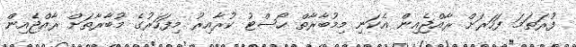
ފުރަތަމަ ފަހަރަށް ރާއްޖެއިން އެކަނި މިމުބާރާތް ހޯސްޓު ކުރާއިރު މިފަހަރުގެ މުބާރާތަށް ރާއްޖެއިން